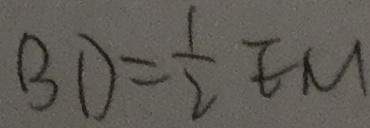
B D = \frac { 1 } { 2 } E M